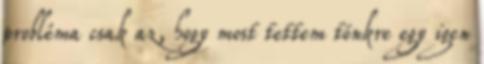
probléma csak az, hogy most tettem tönkre egy igen